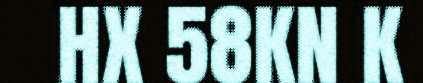
HX 58KN K